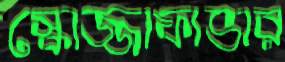
স্কোজ্জাফাভার